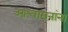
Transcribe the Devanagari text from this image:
आश्वासनांना